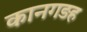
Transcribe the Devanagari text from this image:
कानगड़ह